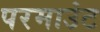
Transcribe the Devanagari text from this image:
परमाउंट